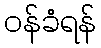
ဝန်ခံရန်